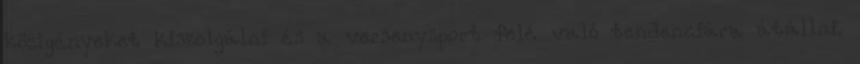
közigényeket kiszolgálni és a versenysport felé való tendenciára átállni.